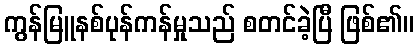
ကွန်မြူနစ်ပုန်ကန်မှုသည် စတင်ခဲ့ပြီ ဖြစ်၏။